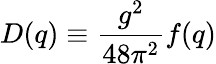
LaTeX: D(q)\equiv\frac{g^{2}}{48\pi^{2}}f(q)